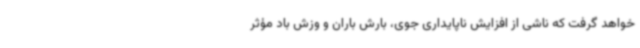
خواهد گرفت که ناشی از افزایش ناپایداری جوی، بارش باران و وزش باد مؤثر